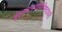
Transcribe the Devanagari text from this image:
ईशावास्योपनिषदावरी